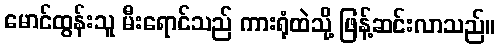
မောင်ထွန်းသူ မီးရောင်သည် ကားရုံထဲသို့ ဖြန့်ဆင်းလာသည်။